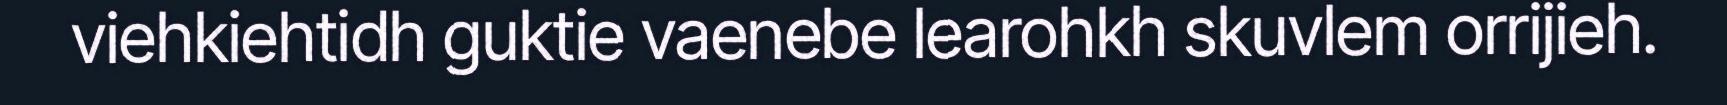
viehkiehtidh guktie vaenebe learohkh skuvlem orrijieh.